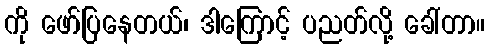
ကို ဖော်ပြနေတယ်၊ ဒါကြောင့် ပညတ်လို့ ခေါ်တာ။